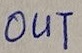
Text: OUT